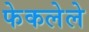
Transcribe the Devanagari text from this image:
फेकलेले